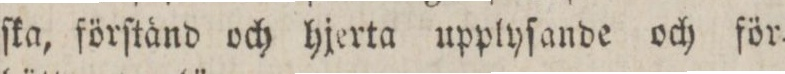
ſka, förſtånd och hjerta upplyſande och för=